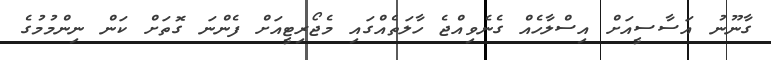
ގާނޫނު އަސާސީއަށް އިސްލާހެއް ގެނެވިއްޖެ ހާލަތެއްގައި މެޖޯރިޓީއަށް ފެންނަ ގޮތަށް ކަން ނިންމުމުގެ